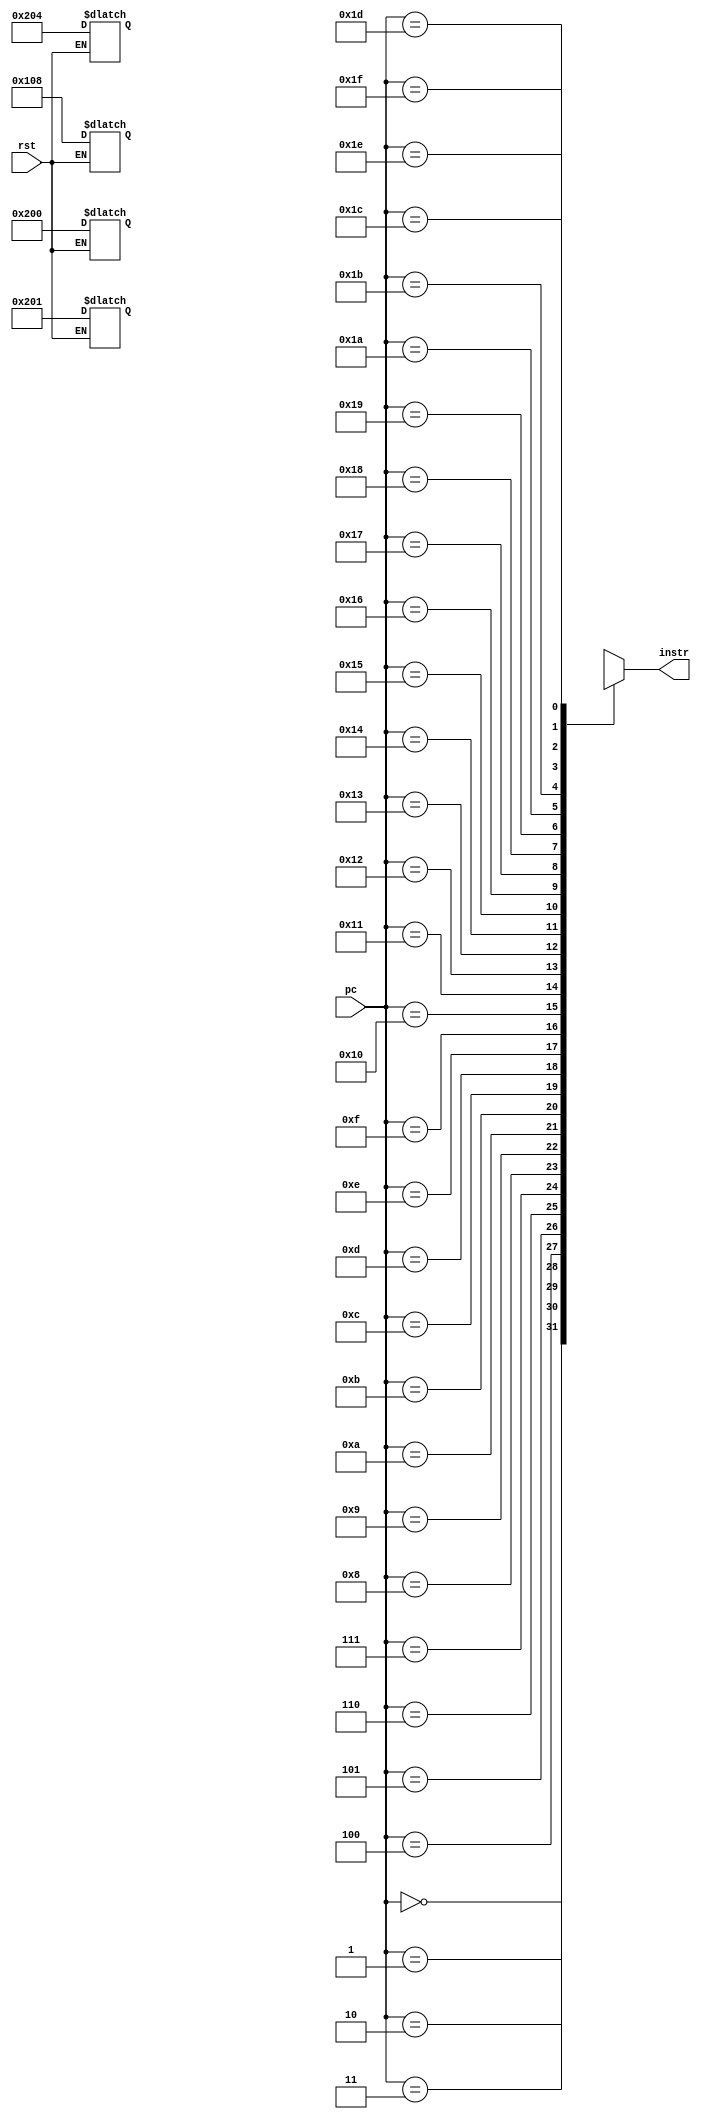
module instrucMem(pc,rst,instr);
	input[4:0] pc;//5 bits
	input rst;
	output[31:0] instr;
	reg[31:0] mem[31:0];//array of size 32(pow(2,5)) with mem[i] being 32 bits
	always@(pc)
	instr<=mem[pc];
	always@(rst) 
		begin
		if(rst) 
			begin
			mem[0]<=32'h00000200;
			mem[1]<=32'h00000201;
			mem[2]<=32'h00000204;
			mem[3]<=32'h00000108;
			end
		end
endmodule